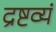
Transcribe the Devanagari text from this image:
द्रष्टव्यं